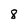
Character: 8